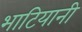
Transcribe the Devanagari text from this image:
भाटियानी